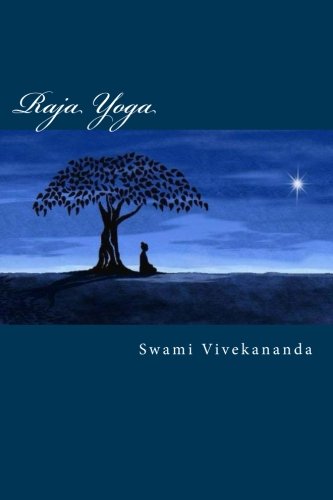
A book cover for Raja Yoga; Swami Vivekananda; Religion & Spirituality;